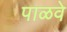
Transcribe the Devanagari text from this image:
पाळवे